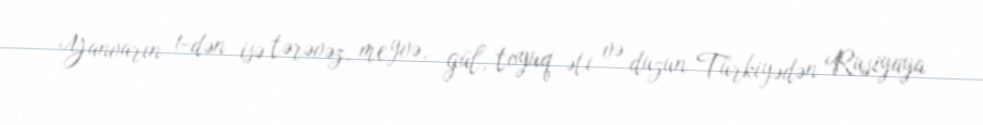
Yanvarın 1-dən isə tərəvəz, meyvə, gül, toyuq əti və duzun Türkiyədən Rusiyaya